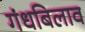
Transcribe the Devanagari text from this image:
गंधबिलाव